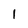
Character: 1